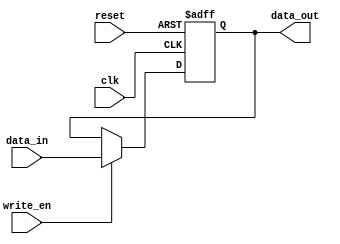
module dual_port_register (
   input wire clk,   // clock input
   input wire reset, // reset signal
   input wire write_en, // enable signal for write port
   input wire [7:0] data_in, // data input for write port
   output reg [7:0] data_out // data output for read port
);

reg [7:0] reg_data; // internal register to store data

always @(posedge clk or posedge reset) begin
   if (reset) begin
      reg_data <= 8'h00; // reset the internal register
   end else begin
      if (write_en) begin
         reg_data <= data_in; // write data into the register
      end
   end
end

assign data_out = reg_data; // assign output data to read port

endmodule